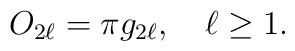
O_{2\ell} = \pi g_{2\ell}, \quad \ell\ge 1.